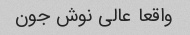
واقعا عالی نوش جون